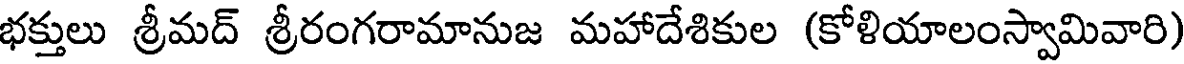
భక్తులు శ్రీమద్ శ్రీరంగరామానుజ మహాదేశికుల (కోళియాలంస్వామివారి)